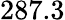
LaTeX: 287.3